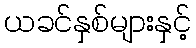
ယခင်နှစ်များနှင့်